Report on vaccination in the Province of Bengal - 1869-1873
Year: 1869
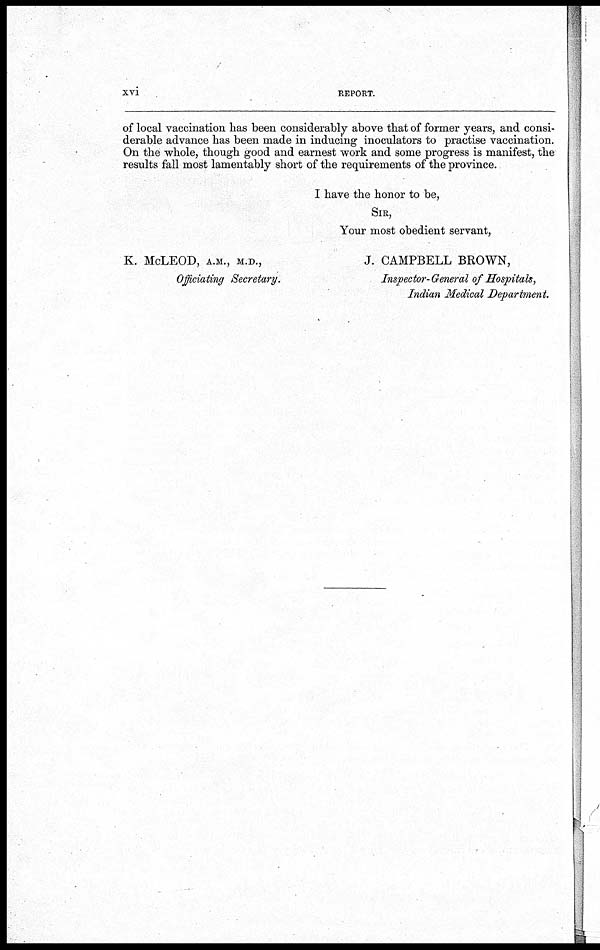
xvi
REPORT.
of local vaccination has been considerably above that of former years, and consi-
derable advance has been made in inducing inoculators to practise vaccination.
On the whole, though good and earnest work and some progress is manifest, the
results fall most lamentably short of the requirements of the province.
I have the honor to be,
SIR,
Your most obedient servant,
K. McLEOD, A.M., M.D.,
J. CAMPBELL BROWN,
Officiating Secretary.
Inspector-General of Hospitals,
Indian Medical Department.